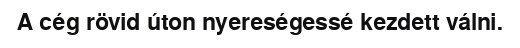
A cég rövid úton nyereségessé kezdett válni.